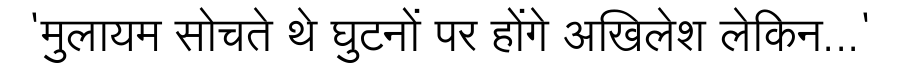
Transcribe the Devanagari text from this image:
'मुलायम सोचते थे घुटनों पर होंगे अखिलेश लेकिन...'